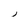
Character: j